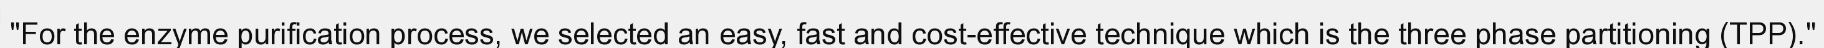
"For the enzyme purification process, we selected an easy, fast and cost-effective technique which is the three phase partitioning (TPP)."